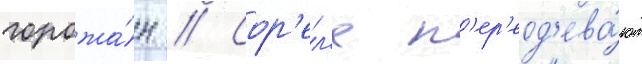
горожа́н // Сор'ел'я п'ер'еод'ева́ют